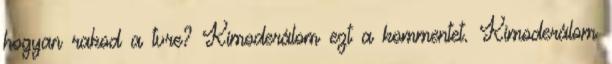
hogyan rakod a tvre? Kimoderálom ezt a kommentet. Kimoderálom